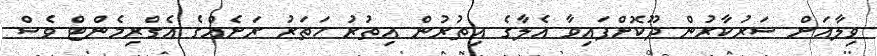
ވިލާއަށް ސަރުކާރުން ދޫކޮށްފައިވާ އެލާގެ އިތުރުން އިތުރު ހަތަރު ރަށެއްގެ އެގްރިމެންޓް ވެސް